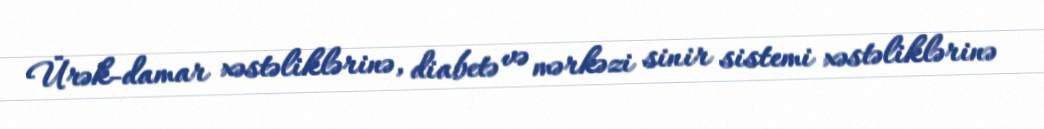
Ürək-damar xəstəliklərinə, diabetə və mərkəzi sinir sistemi xəstəliklərinə